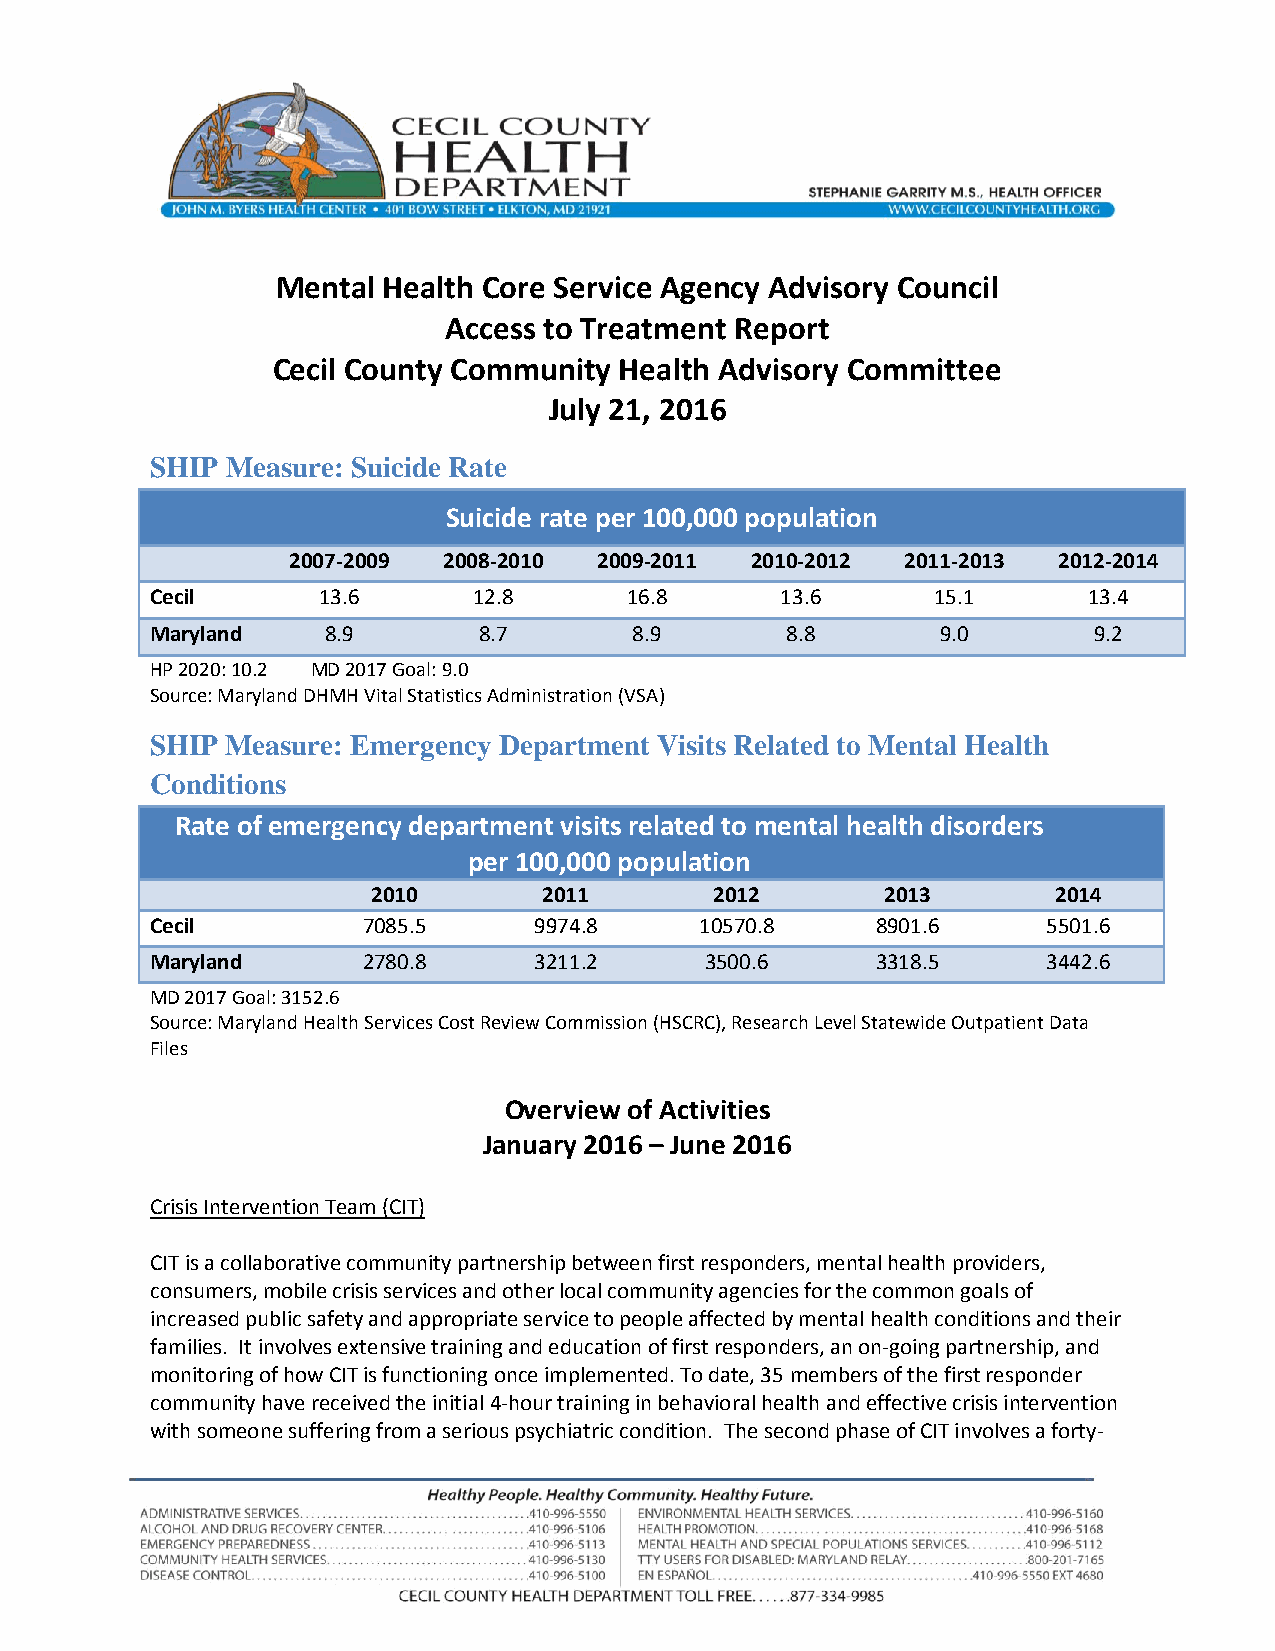
Mental Health Core Service Agency Advisory Council
 Access to Treatment Report
 Cecil County Community Health Advisory Committee
 July 21, 2016
 SHIP Measure: Suicide Rate
 Suicide rate per 100,000 population
 2007-2009 2008-2010  2009-2011 2010-2012 2011-2013 2012-2014
 Cecil      13.6      12.8      16.8       13.6      15.1      13.4
 Maryland    8.9       8.7       8.9       8.8       9.0       9.2
 HP 2020: 10.2 MD 2017 Goal: 9.0
 Source: Maryland DHMH Vital Statistics Administration (VSA)
 SHIP Measure: Emergency Department Visits Related to Mental Health
 Conditions
 Rate of emergency department visits related to mental health disorders
 per 100,000 population
 2010       2011       2012        2013       2014
 Cecil         7085.5     9974.8     10570.8     8901.6     5501.6
 Maryland      2780.8     3211.2      3500.6     3318.5     3442.6
 MD 2017 Goal: 3152.6
 Source: Maryland Health Services Cost Review Commission (HSCRC), Research Level Statewide Outpatient Data
 Files
 Overview of Activities
 January 2016 – June 2016
 Crisis Intervention Team (CIT)
 CIT is a collaborative community partnership between first responders, mental health providers,
 consumers, mobile crisis services and other local community agencies for the common goals of
 increased public safety and appropriate service to people affected by mental health conditions and their
 families. It involves extensive training and education of first responders, an on-going partnership, and
 monitoring of how CIT is functioning once implemented. To date, 35 members of the first responder
 community have received the initial 4-hour training in behavioral health and effective crisis intervention
 with someone suffering from a serious psychiatric condition. The second phase of CIT involves a forty-